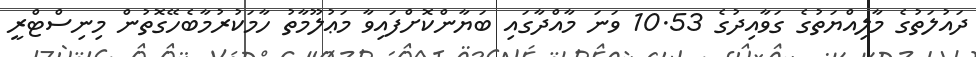
ދައުލަތުގެ މާލިއްޔަތުގެ ގަވާއިދުގެ 10.53 ވަނަ މާއްދާގައި ބަޔާންކޮށްފައިވާ މަޢުލޫމާތު ހާމަކުރުމާބެހޭގޮތުން މިނިސްޓްރީ